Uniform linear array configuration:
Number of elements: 4
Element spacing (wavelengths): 0.5
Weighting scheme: kaiser
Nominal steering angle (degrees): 15
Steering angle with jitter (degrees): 16.038
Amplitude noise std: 0.05
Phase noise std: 0.05

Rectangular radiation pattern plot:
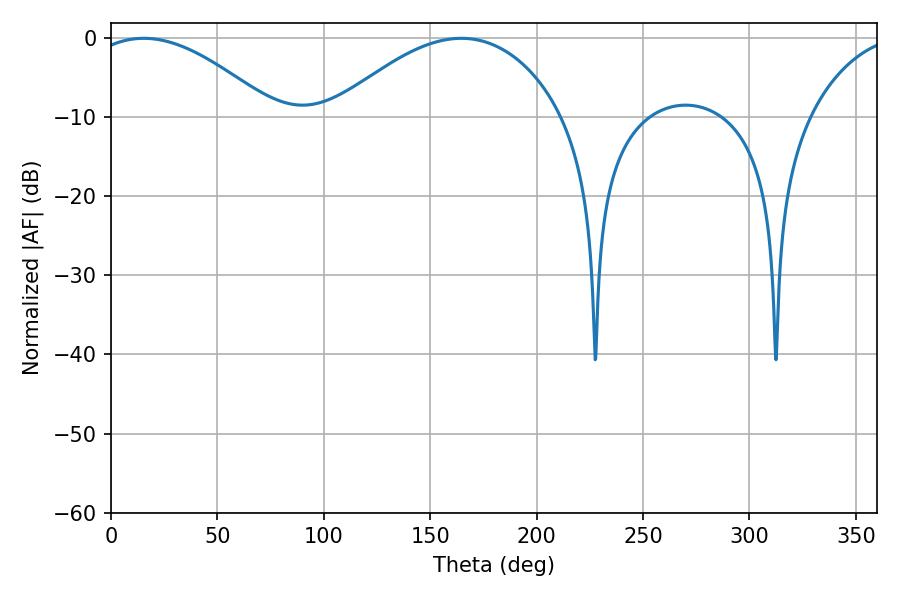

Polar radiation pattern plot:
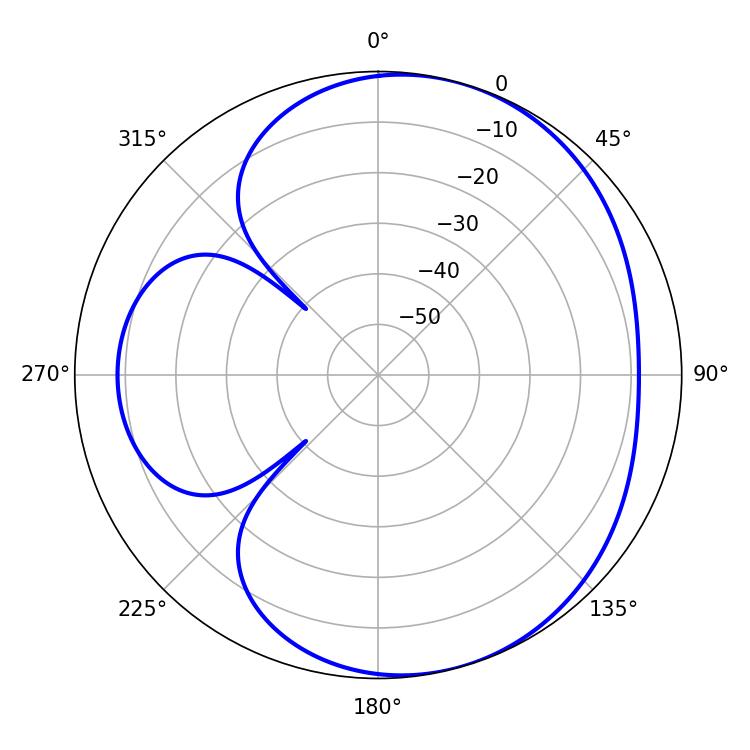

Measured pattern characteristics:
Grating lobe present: FALSE
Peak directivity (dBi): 4.973
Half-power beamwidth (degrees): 47.88
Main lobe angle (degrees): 15.3